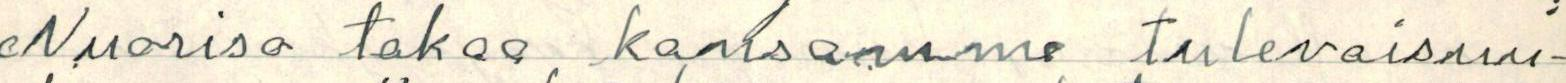
Nuoriso takaa kansamme tulevaisuu-